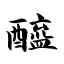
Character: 醯